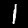
Label: 1